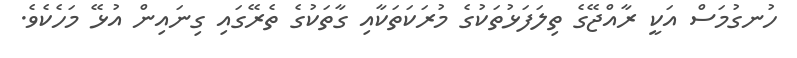
ހުނގުމަސް އަކީ ރާއްޖޭގެ ތިލަފަޅުތަކުގެ މުރަކަތަކާއި ގާތަކުގެ ތެރޭގައި ގިނައިން އުޅޭ މަހެކެވެ.